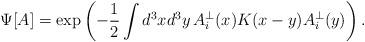
LaTeX: \begin{align*} \Psi[A]=\exp\left(-\frac{1}{2}\int d^3xd^3y\,A_i^\bot(x)K(x-y)A_i^\bot(y)\right).\end{align*}